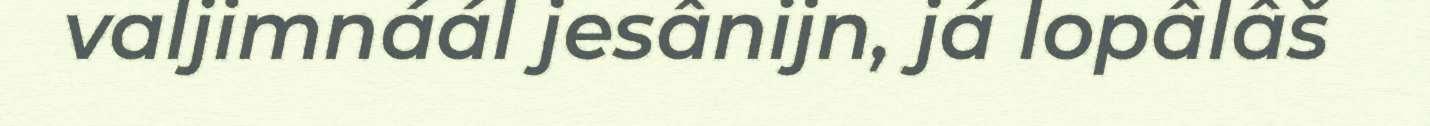
valjimnáál jesânijn, já lopâlâš